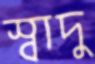
স্বাদু